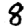
Digit: 8